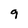
Character: 9